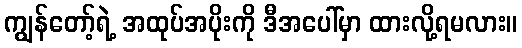
ကျွန်တော့်ရဲ့ အထုပ်အပိုးကို ဒီအပေါ်မှာ ထားလို့ရမလား။